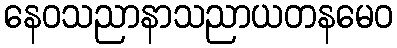
နေဝသညာနာသညာယတနမေဝ